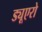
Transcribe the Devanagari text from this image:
ड्यूएरो